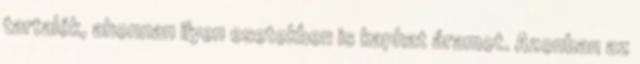
tartalék, ahonnan ilyen esetekben is kaphat áramot. Azonban az